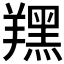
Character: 𦏉